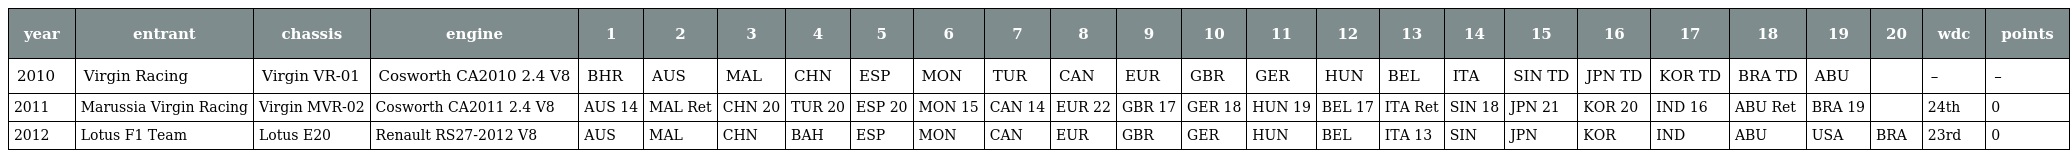
| year | entrant | chassis | engine | 1 | 2 | 3 | 4 | 5 | 6 | 7 | 8 | 9 | 10 | 11 | 12 | 13 | 14 | 15 | 16 | 17 | 18 | 19 | 20 | wdc | points |
 | --- | --- | --- | --- | --- | --- | --- | --- | --- | --- | --- | --- | --- | --- | --- | --- | --- | --- | --- | --- | --- | --- | --- | --- | --- | --- |
 | 2010 | Virgin Racing | Virgin VR-01 | Cosworth CA2010 2.4 V8 | BHR | AUS | MAL | CHN | ESP | MON | TUR | CAN | EUR | GBR | GER | HUN | BEL | ITA | SIN TD | JPN TD | KOR TD | BRA TD | ABU |  | – | – |
 | 2011 | Marussia Virgin Racing | Virgin MVR-02 | Cosworth CA2011 2.4 V8 | AUS 14 | MAL Ret | CHN 20 | TUR 20 | ESP 20 | MON 15 | CAN 14 | EUR 22 | GBR 17 | GER 18 | HUN 19 | BEL 17 | ITA Ret | SIN 18 | JPN 21 | KOR 20 | IND 16 | ABU Ret | BRA 19 |  | 24th | 0 |
 | 2012 | Lotus F1 Team | Lotus E20 | Renault RS27-2012 V8 | AUS | MAL | CHN | BAH | ESP | MON | CAN | EUR | GBR | GER | HUN | BEL | ITA 13 | SIN | JPN | KOR | IND | ABU | USA | BRA | 23rd | 0 |